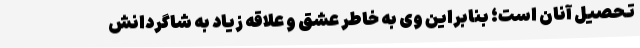
تحصیل آنان است؛ بنابراین وی به خاطر عشق و علاقه زیاد به شاگردانش